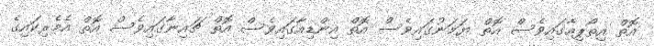
އޮތް އިތޯޕިއާގައިވެސް އޮތް ޔަމަނުގައިވެސް އޮތް އިންޑިއާގައިވެސް އޮތް ޗައިނާގައިވެސް އޮތް އެމެރިކައިގެ